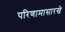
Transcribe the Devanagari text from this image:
परिणामासारखे